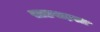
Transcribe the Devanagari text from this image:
साठसहस्त्र